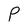
Character: P